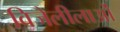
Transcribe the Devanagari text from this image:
विजेलीलाओं